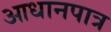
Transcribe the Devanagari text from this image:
आधानपात्र